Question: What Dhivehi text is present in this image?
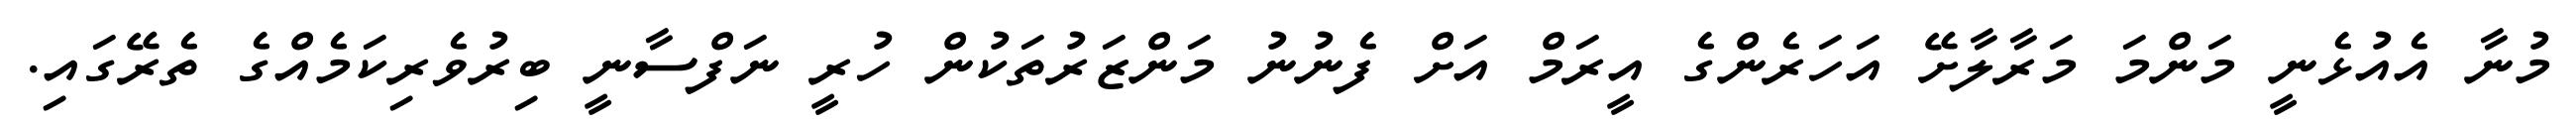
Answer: މުނާ އެއުޅެނީ މަންމަ މަރާލާށޭ އަހަރެންގެ އީރަމް އަށް ފެނުނު މަންޒަރުތަކުން ހުރީ ނަފްސާނީ ބިރުވެރިކަމެއްގެ ތެރޭގައި.